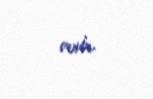
verir.